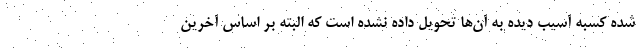
شده کسبه آسیب دیده به آن‌ها تحویل داده نشده است که البته بر اساس آخرین